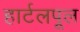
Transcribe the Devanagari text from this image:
हार्टलपूल